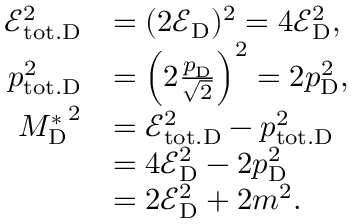
\begin{array} { r l } { \mathcal { E } _ { \mathrm { t o t . D } } ^ { 2 } } & { = ( 2 \mathcal { E } _ { \mathrm { D } } ) ^ { 2 } = 4 \mathcal { E } _ { \mathrm { D } } ^ { 2 } , } \\ { p _ { \mathrm { t o t . D } } ^ { 2 } } & { = \Big ( 2 \frac { p _ { \mathrm { D } } } { \sqrt 2 } \Big ) ^ { 2 } = 2 p _ { \mathrm { D } } ^ { 2 } , } \\ { { M _ { \mathrm { D } } ^ { * } } ^ { 2 } } & { = \mathcal { E } _ { \mathrm { t o t . D } } ^ { 2 } - p _ { \mathrm { t o t . D } } ^ { 2 } } \\ & { = 4 \mathcal { E } _ { \mathrm { D } } ^ { 2 } - 2 p _ { \mathrm { D } } ^ { 2 } } \\ & { = 2 \mathcal { E } _ { \mathrm { D } } ^ { 2 } + 2 m ^ { 2 } . } \end{array}